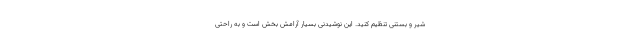
شیر و بستنی تنظیم کنید. این نوشیدنی بسیار آرامش بخش است و به راحتی